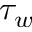
\tau _ { w }